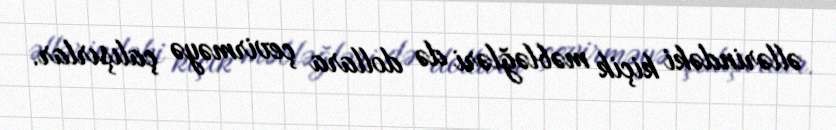
əllərindəki kiçik məbləğləri də dollara çevirməyə çalışırlar.